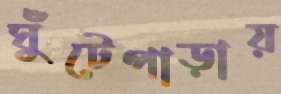
ঘুঁটেপাড়ায়